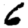
Digit: 6